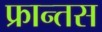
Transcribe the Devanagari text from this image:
फ्रान्तस